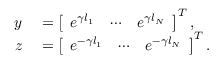
\begin{array} { r l } { \boldsymbol { y } } & { { } = \left[ \begin{array} { l l l } { e ^ { \gamma l _ { 1 } } } & { \cdots } & { e ^ { \gamma l _ { N } } } \end{array} \right] ^ { T } , } \\ { \boldsymbol { z } } & { { } = \left[ \begin{array} { l l l } { e ^ { - \gamma l _ { 1 } } } & { \cdots } & { e ^ { - \gamma l _ { N } } } \end{array} \right] ^ { T } . } \end{array}